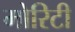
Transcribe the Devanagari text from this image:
मोरिटी